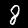
Digit: 8